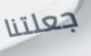
جعلتنا